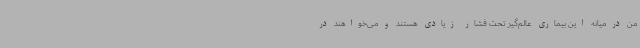
من در میانه این بیماری عالم‌گیر تحت فشار زیادی هستند و می‌خواهند در